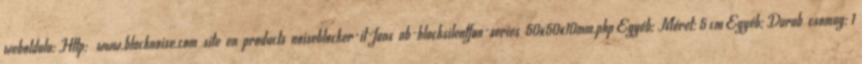
weboldala: Http: www.blacknoise.com site en products noiseblocker-it-fans nb-blacksilentfan-series 50x50x10mm.php Egyéb; Méret: 5 cm Egyéb; Darab csomag: 1